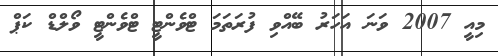
މިއީ 2007 ވަނަ އަހަރު ބޭއްވި ފުރަތަމަ ޓްވެންޓީ ޓްވެންޓީ ވޯލްޑް ކަޕް